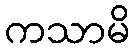
ကသာမိ